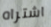
اشتراه